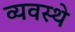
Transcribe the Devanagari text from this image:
व्यवस्थे